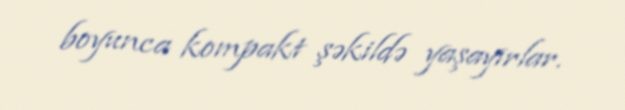
boyunca kompakt şəkildə yaşayırlar.